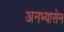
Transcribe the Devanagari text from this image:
अनभ्यासेन